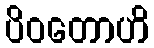
ပိဝတောဟိ